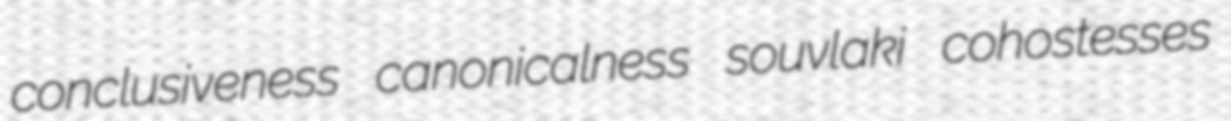
conclusiveness canonicalness souvlaki cohostesses